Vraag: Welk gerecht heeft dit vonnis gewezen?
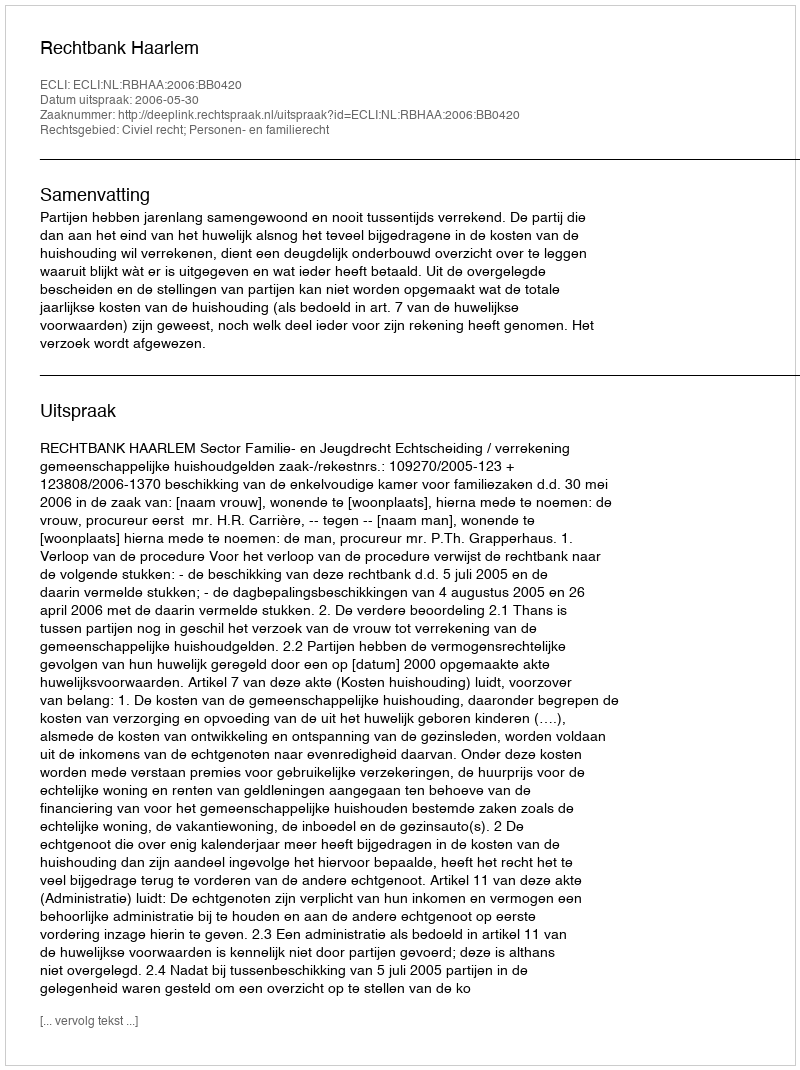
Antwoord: Rechtbank Haarlem